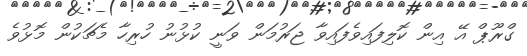
ގްރޫޕް އޭ އިން ކޮލިފައިވެފައިވާ ޖަރުމަން ވަނީ ކުޅުނު ހުރިހާ މެޗަކުން މޮޅުވެ